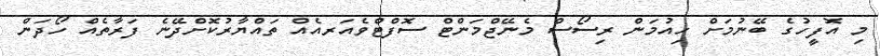
މި އޮފީހުގެ ބޭނުމަށް ހިއުމަން ރިސޯސް މެނޭޖްމަންޓް ސޮފްޓްވެއަރއެއް ތައްޔާރުކޮށްދޭނެ ފަރާތެއް ހޯދަން